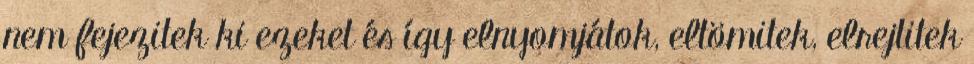
nem fejezitek ki ezeket és így elnyomjátok, eltömitek, elrejtitek